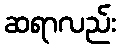
ဆရာလည်း